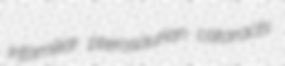
infamiliar pterosaurian cataracts